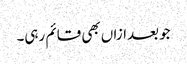
جو بعدازاں بھی قائم رہی۔